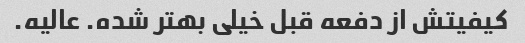
کیفیتش از دفعه قبل خیلی بهتر شده. عالیه.